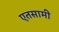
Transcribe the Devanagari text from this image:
एतसामी